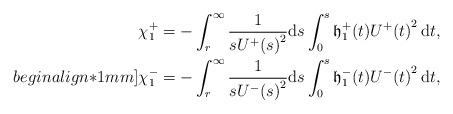
LaTeX: \begin{align*}\chi^+_1=-\int_r^\infty\frac{1}{s{U^+(s)}^2}\mathrm ds\int_0^s{\mathfrak h}_1^+(t){U^+(t)}^2\,\mathrm dt,\\begin{align*}1mm]\chi^-_1=-\int_r^\infty\frac{1}{s{U^-(s)}^2}\mathrm ds\int_0^s{\mathfrak h}_1^-(t){U^-(t)}^2\,\mathrm dt,\end{align*}